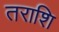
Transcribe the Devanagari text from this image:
तराशि